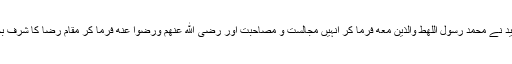
قرآن مجید نے مُحَمَّدٌ رَّسُوْلُ اللهِط وَالَّذِیْنَ مَعَهٗٓ فرما کر انہیں مجالست و مصاحبت اور رَضِیَ اللهُ عَنْهُمْ وَرَضُوْا عَنْهُ فرما کر مقامِ رضا کا شرف بخشا ہے۔